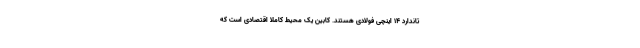
تاندارد 14 اینچی فولادی هستند. کابین یک محیط کاملا اقتصادی است که